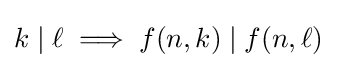
k\mid \ell \implies f(n,k)\mid f(n,\ell )